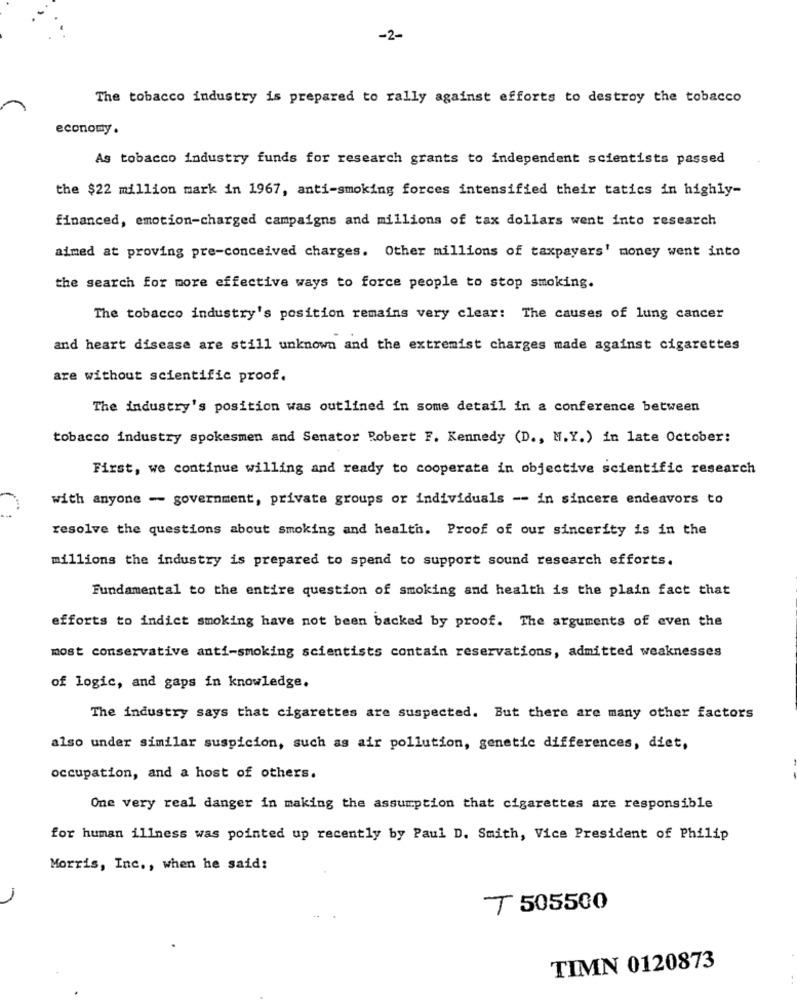
-2-
The tobacco industry is prepared to rally against efforts to destroy the tobacco
economy .
As tobacco industry funds for research grants to independent scientists passed
the $22 million mark in 1967, anti-smoking forces intensified their tatics in highly-
financed, emotion-charged campaigns and millions of tax dollars went into research
aimed at proving pre-conceived charges. Other millions of taxpayers' money went into
the search for more effective ways to force people to stop smoking.
The tobacco industry's position remains very clear: The causes of lung cancer
and heart disease are still unknown and the extremist charges made against cigarettes
are without scientific proof.
The industry's position was outlined in some detail in a conference between
tobacco industry spokesmen and Senator Robert F. Kennedy (D ., M.Y.) in late October:
First, we continue willing and ready to cooperate in objective scientific research
with anyone - government, private groups or individuals -- in sincere endeavors to
resolve the questions about smoking and health. Proof of our sincerity is in the
millions the industry is prepared to spend to support sound research efforts.
Fundamental to the entire question of smoking and health is the plain fact that
efforts to indict smoking have not been backed by proof. The arguments of even the
most conservative anti-smoking scientists contain reservations, admitted weaknesses
of logic, and gaps in knowledge.
The industry says that cigarettes are suspected. But there are many other factors
also under similar suspicion, such as air pollution, genetic differences, diet,
occupation, and a host of others.
One very real danger in making the assumption that cigarettes are responsible
for human illness was pointed up recently by Paul D. Smith, Vice President of Philip
Morris, Inc ., when he said:
T 505500
TIMN 0120873